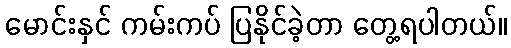
မောင်းနှင် ကမ်းကပ် ပြနိုင်ခဲ့တာ တွေ့ရပါတယ်။